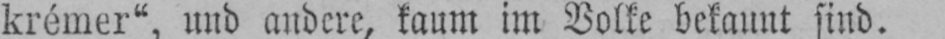
krémer“, und andere, kaum im Volke bekannt sind.